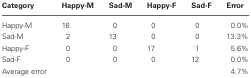
| Category | Happy-M | Sad-M | Happy-F | Sad-F | Error |
 | --- | --- | --- | --- | --- | --- |
 | Happy-M | 16 | 0 | 0 | 0 | 0.0% |
 | Sad-M | 2 | 13 | 0 | 0 | 13.3% |
 | Happy-F | 0 | 0 | 17 | 1 | 5.6% |
 | Sad-F | 0 | 0 | 0 | 12 | 0.0% |
 | Average error |  |  |  |  | 4.7% |